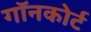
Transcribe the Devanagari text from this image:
गॉनकोर्ट